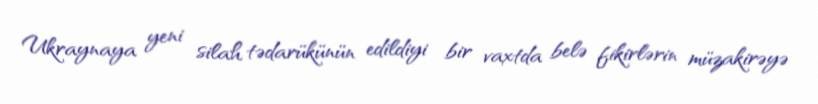
Ukraynaya yeni silah tədarükünün edildiyi bir vaxtda belə fikirlərin müzakirəyə